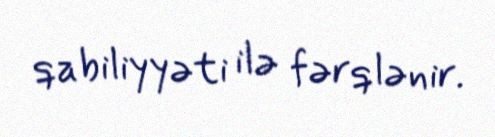
qabiliyyəti ilə fərqlənir.